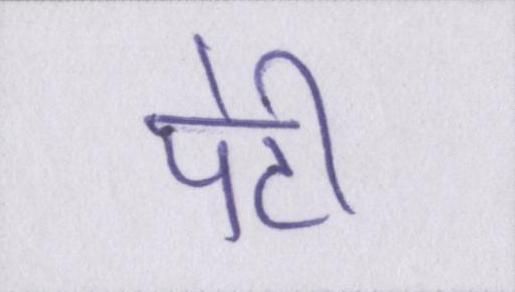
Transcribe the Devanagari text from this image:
पेटी